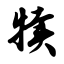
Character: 犊